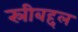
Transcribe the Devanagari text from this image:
स्रीबद्दल